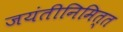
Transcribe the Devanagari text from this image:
जयंतीनिमित्‍त